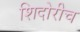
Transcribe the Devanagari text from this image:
शिदोरीच